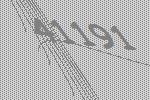
41191